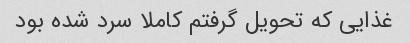
غذایی که تحویل گرفتم کاملا سرد شده بود